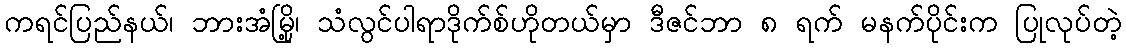
ကရင်ပြည်နယ်၊ ဘားအံမြို့၊ သံလွင်ပါရာဒိုက်စ်ဟိုတယ်မှာ ဒီဇင်ဘာ ၈ ရက် မနက်ပိုင်းက ပြုလုပ်တဲ့